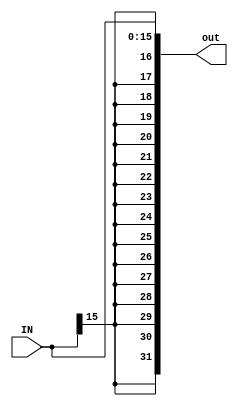
module signextend(input [15:0] IN,output reg [31:0] out);\nassign out = {{16{IN[15]}},IN[15:0]};\nendmodule